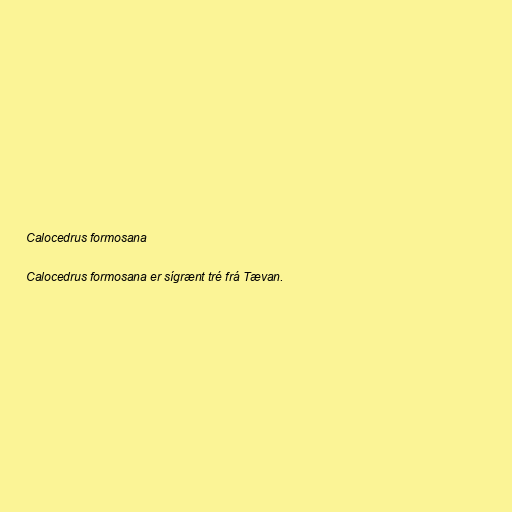
Calocedrus formosana

Calocedrus formosana er sígrænt tré frá Tævan.